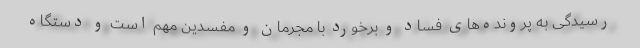
رسیدگی به پرونده‌های فساد و برخورد با مجرمان و مفسدین مهم است و دستگاه